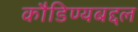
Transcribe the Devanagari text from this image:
कौडिण्यबद्दल